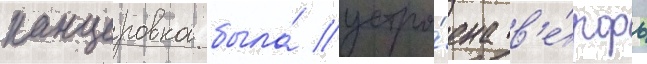
канцеровка была́ устро́ена в'е́рфь